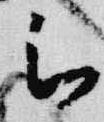
被